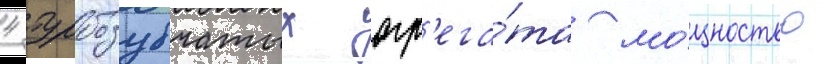
4 турбозубчатых агр'ега́та мо́щностью